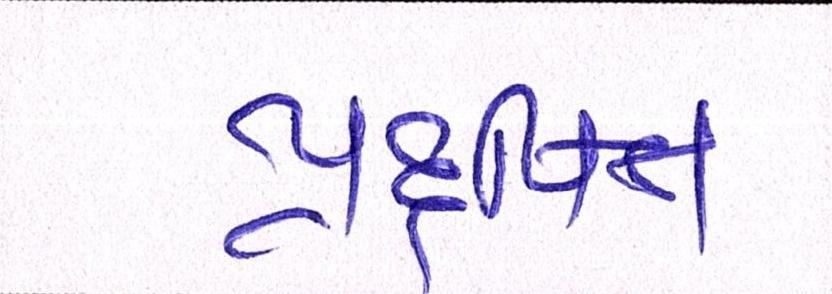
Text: પ્રદુષિત